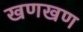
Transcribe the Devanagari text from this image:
खणखण